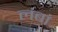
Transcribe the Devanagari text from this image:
लंबां